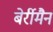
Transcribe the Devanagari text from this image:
बेर्रीमैन